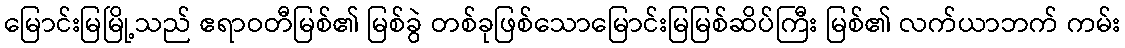
မြောင်းမြမြို့သည် ဧရာဝတီမြစ်၏ မြစ်ခွဲ တစ်ခုဖြစ်သောမြောင်းမြမြစ်ဆိပ်ကြီး မြစ်၏ လက်ယာဘက် ကမ်း